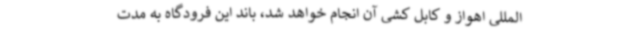
المللی اهواز و کابل کشی آن انجام خواهد شد، باند این فرودگاه به مدت